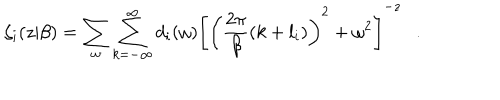
\zeta _ { i } ( z | \beta ) = \sum _ { \omega } \sum _ { k = - \infty } ^ { \infty } d _ { i } ( \omega ) \left[ \left( { \frac { 2 \pi } { \beta } } ( k + l _ { i } ) \right) ^ { 2 } + \omega ^ { 2 } \right] ^ { - z } .